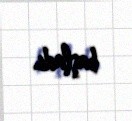
başladı.